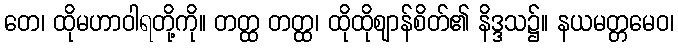
တေ၊ ထိုမဟာဝါရတို့ကို။ တတ္ထ တတ္ထ၊ ထိုထိုဈာန်စိတ်၏ နိဒ္ဒသ၌။ နယမတ္တမေဝ၊